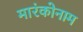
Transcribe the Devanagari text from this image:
मारंकोनाम